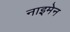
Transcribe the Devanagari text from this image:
नाइमेन